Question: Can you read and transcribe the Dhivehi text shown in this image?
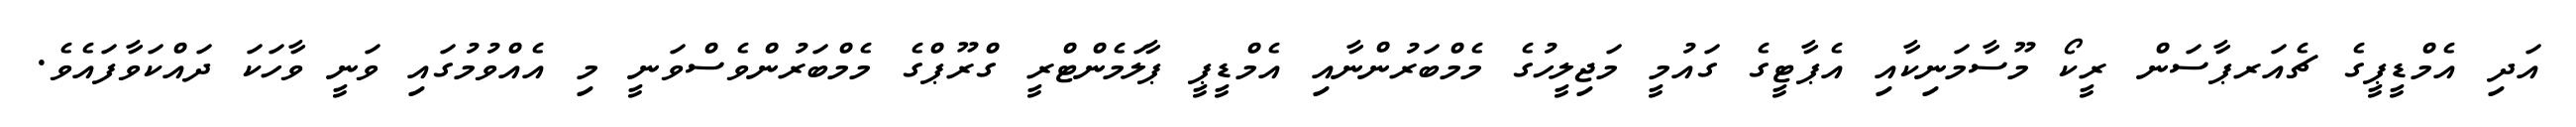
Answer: އަދި އެމްޑީޕީގެ ޗެއަރޕާސަން ރީކޯ މޫސާމަނިކާއި އެޕާޓީގެ ގައުމީ މަޖިލީހުގެ މެމްބަރުންނާއި އެމްޑީޕީ ޕާލަމެންޓްރީ ގްރޫޕްގެ މެމްބަރުންވެސްވަނީ މި އެއްވުމުގައި ވަނީ ވާހަކަ ދައްކަވާފައެވެ.